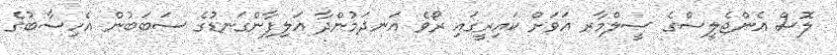
ލޮސް އެންޖެލީސްގެ ސީލްމާރ އަވަށް ކައިރީގައި ރޯވެ އަނދަމުންދާ އަލިފާންގަނޑުގެ ސަބަބުން އެހިސާބުގެ